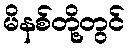
မိနစ်တို့တွင်